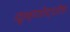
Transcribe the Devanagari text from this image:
कृष्णोद्घोष